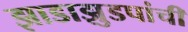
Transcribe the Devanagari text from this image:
झाडाझुडपांची